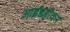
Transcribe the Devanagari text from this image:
आईंडहोवन